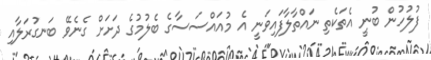
ފުލުހުން ބުނީ އެތަކެތި ނައްތާލާފައިވަނީ އެ މުއައްސަސާގެ ބެލުމުގެ ދަށަށް ގެނެވޭ ބަނގުރަލާއި